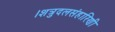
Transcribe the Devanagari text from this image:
।शत्रुदलसंहारिणी